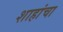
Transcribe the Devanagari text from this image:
शाहांचा